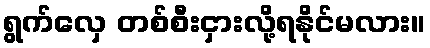
ရွက်လှေ တစ်စီးငှားလို့ရနိုင်မလား။